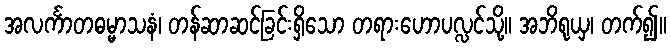
အလင်္ကာတဓမ္မာသနံ၊ တန်ဆာဆင်ခြင်းရှိသော တရားဟောပလ္လင်သို့။ အဘိရုယှ၊ တက်၍။